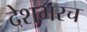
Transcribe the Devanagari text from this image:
देशभरच